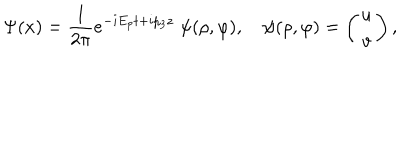
LaTeX: \Psi ( x ) = { \frac { 1 } { 2 \pi } } e ^ { - i E _ { p } t + i p _ { 3 } z } \; \psi ( \rho , \varphi ) , \quad \psi ( \rho , \varphi ) = \left( \begin{matrix} { { u } } \\ { { v } } \\ \end{matrix} \right) ,